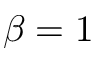
\beta = 1